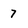
Character: 7